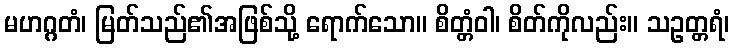
မဟဂ္ဂတံ၊ မြတ်သည်၏အဖြစ်သို့ ရောက်သော။ စိတ္တံဝါ၊ စိတ်ကိုလည်း။ သဥတ္တရံ၊